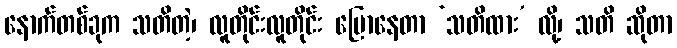
နောက်တစ်ခုက သတိတဲ့၊ လူတိုင်းလူတိုင်း ပြောနေတာ ‘သတိထား’ လို့၊ သတိ ဆိုတာ